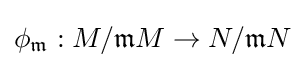
\phi _{\mathfrak {m}}:M/{\mathfrak {m}}M\to N/{\mathfrak {m}}N